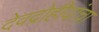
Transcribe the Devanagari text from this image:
देवद्रोहीयांचा